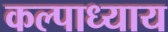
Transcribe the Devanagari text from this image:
कल्पाध्याय